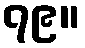
၇၉။